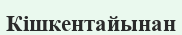
Кішкентайынан